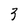
Character: 3